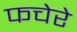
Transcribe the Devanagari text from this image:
फचेरे